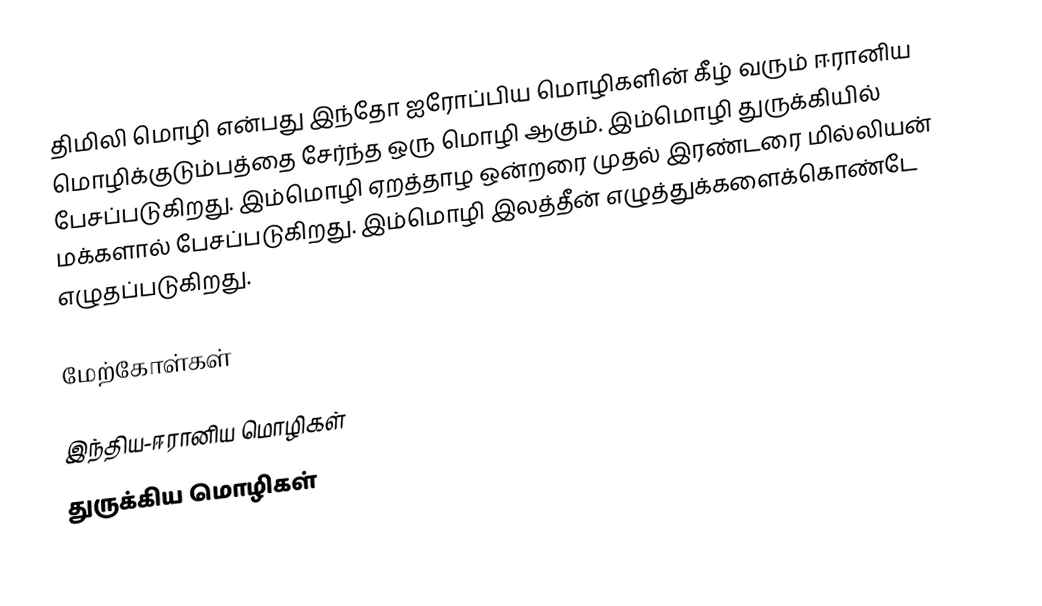
திமிலி மொழி என்பது இந்தோ ஐரோப்பிய மொழிகளின் கீழ் வரும் ஈரானிய மொழிக்குடும்பத்தை சேர்ந்த ஒரு மொழி ஆகும். இம்மொழி துருக்கியில் பேசப்படுகிறது. இம்மொழி ஏறத்தாழ ஒன்றரை முதல் இரண்டரை மில்லியன் மக்களால் பேசப்படுகிறது. இம்மொழி இலத்தீன் எழுத்துக்களைக்கொண்டே எழுதப்படுகிறது.

மேற்கோள்கள்

இந்திய-ஈரானிய மொழிகள்
துருக்கிய மொழிகள்